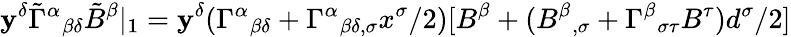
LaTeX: \mathbf{y}^{\delta}\tilde{{\Gamma}}^{\alpha}{}_{\beta\delta}\tilde{{B}}^{\beta}|_{1}=\mathbf{y}^{\delta}(\Gamma^{\alpha}{}_{\beta\delta}+\Gamma^{\alpha}{}_{\beta\delta,\sigma}x^{\sigma}/2)[B^{\beta}+(B^{\beta}{}_{,\sigma}+\Gamma^{\beta}{}_{\sigma\tau}B^{\tau})d^{\sigma}/2]